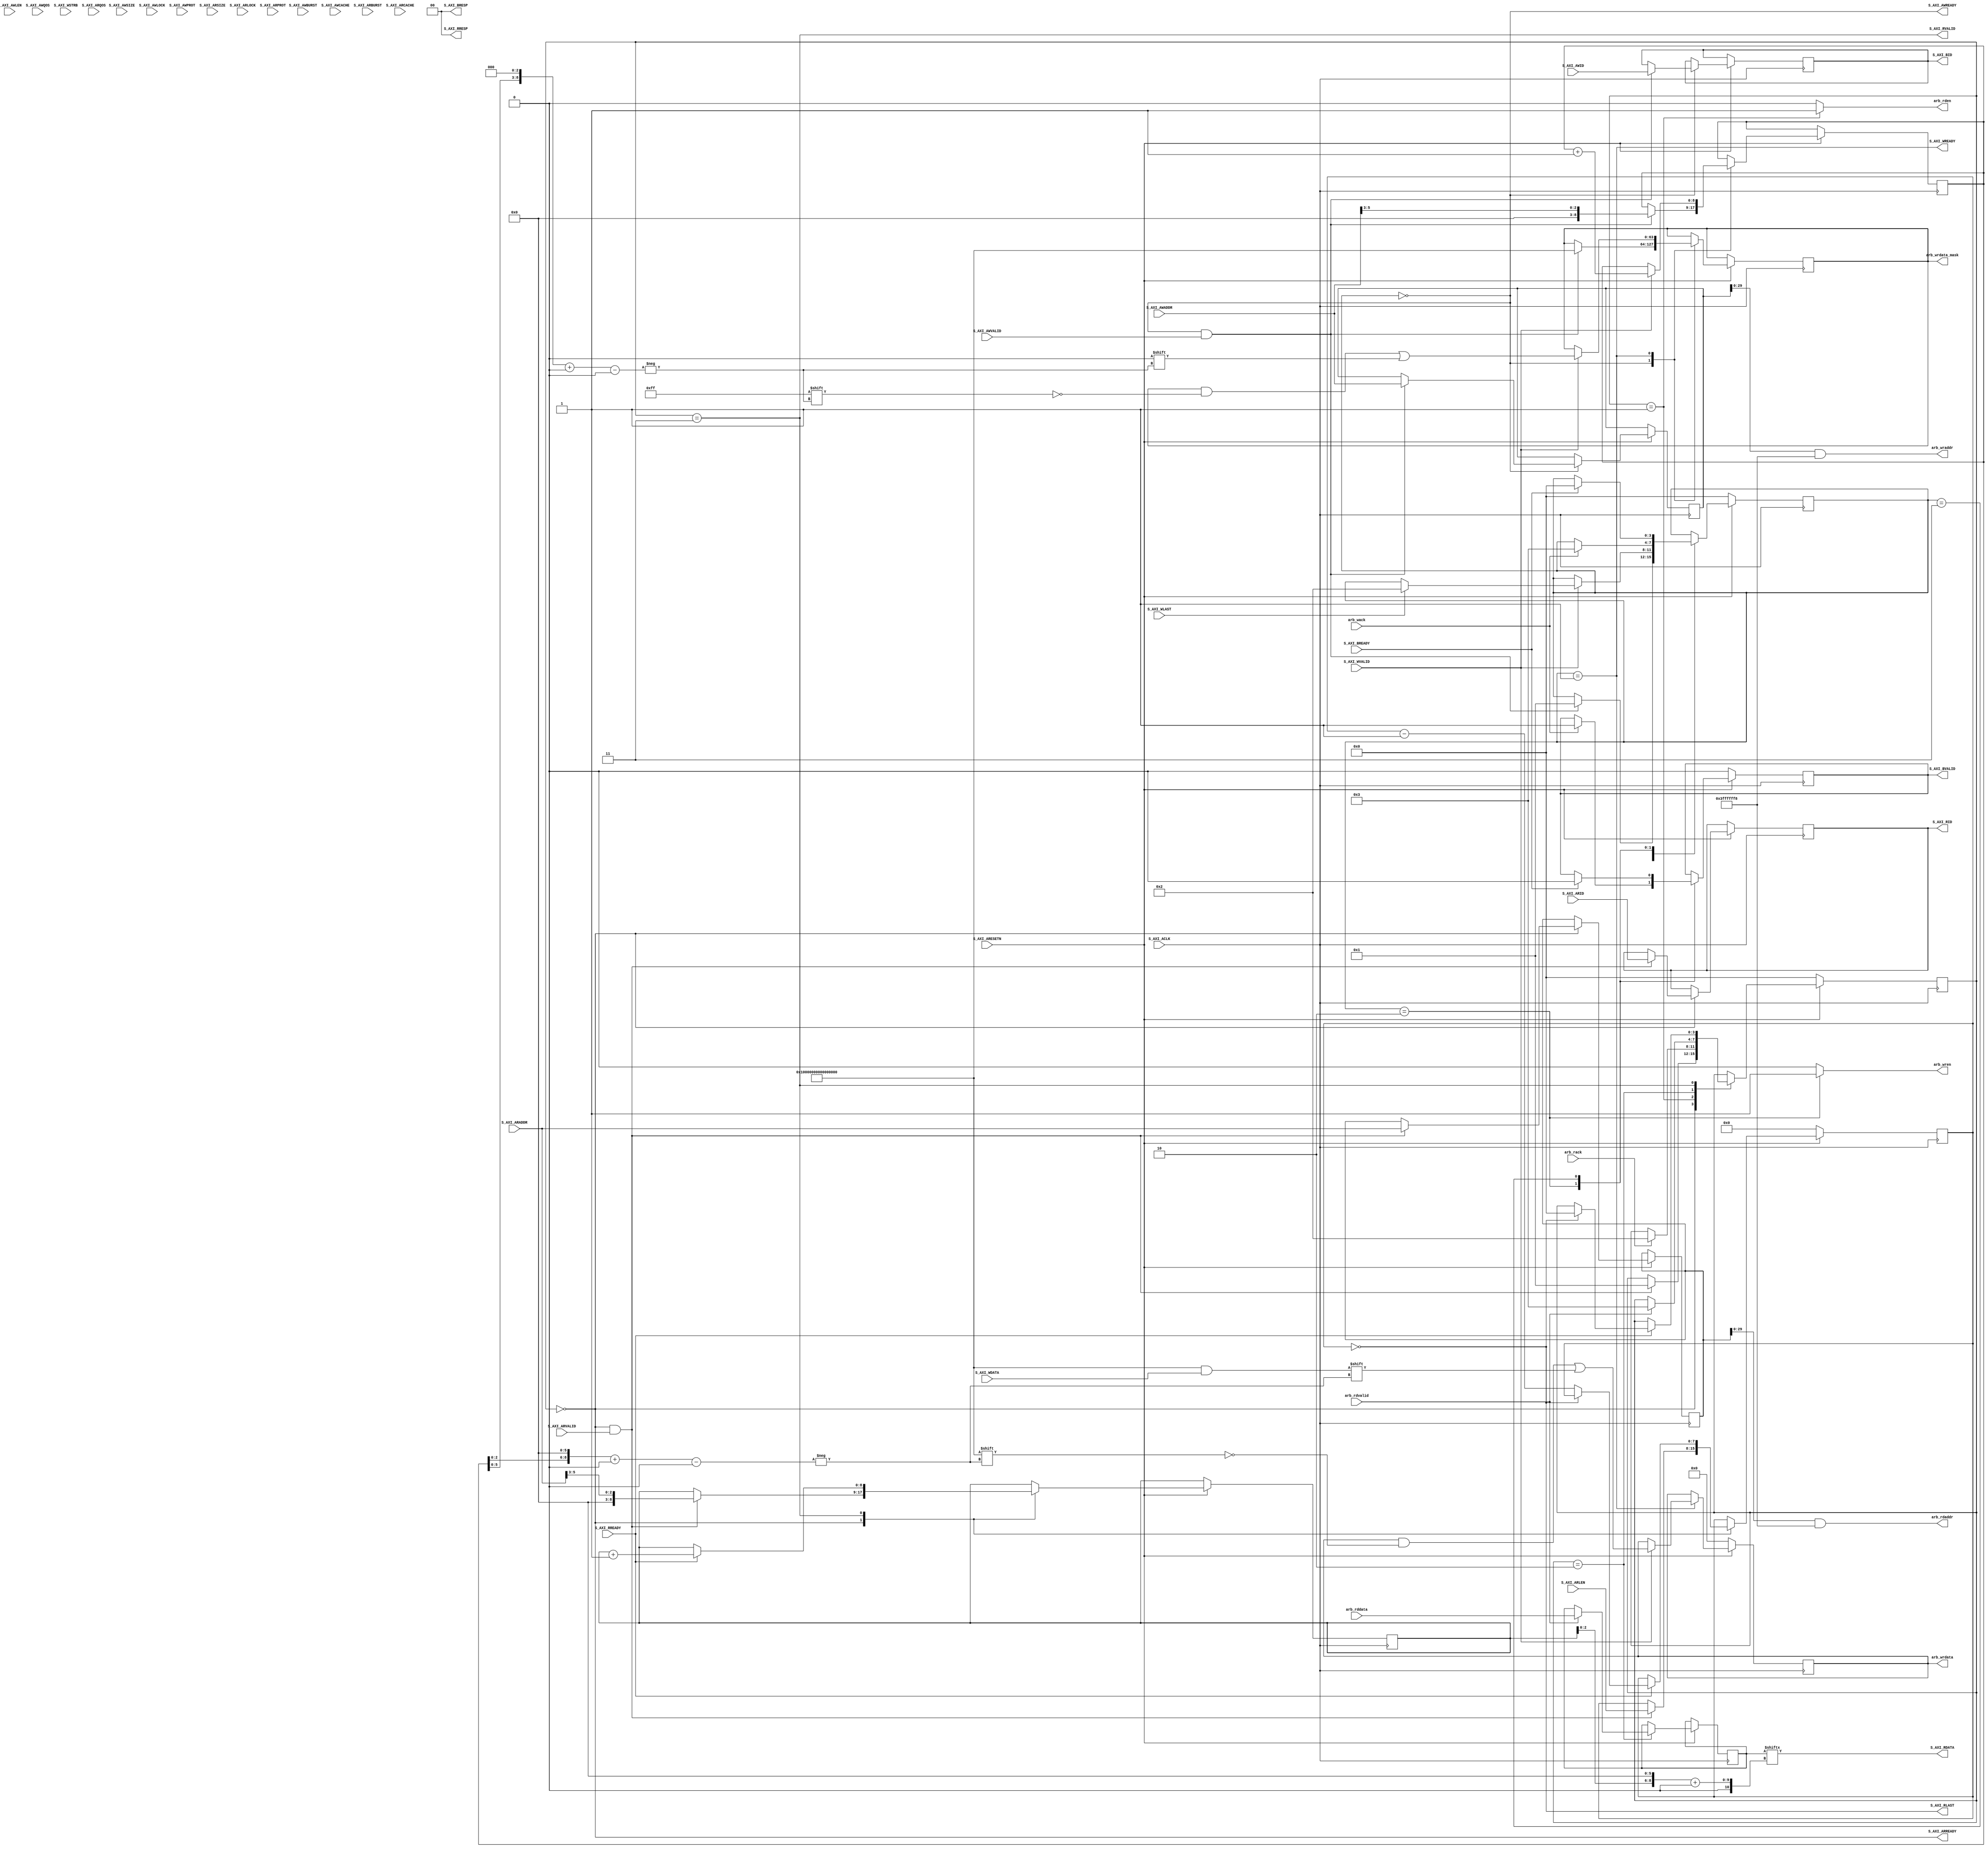
module axi_to_mc #(
	parameter integer C_S_AXI_ID_WIDTH	= 6,
	parameter integer C_S_AXI_DATA_WIDTH	= 64,
	parameter integer C_S_AXI_ADDR_WIDTH	= 32,
	// Some useful short-hand definitions
	localparam	AW = C_S_AXI_ADDR_WIDTH,
	localparam	DW = C_S_AXI_DATA_WIDTH,
	localparam	IW = C_S_AXI_ID_WIDTH,

	parameter [0:0]	OPT_NARROW_BURST = 1
	) (
		// Users to add ports here
  
    input wire arb_wack,
    input wire arb_rack,
    input wire [511:0] arb_rddata,
    output wire [511:0] arb_wrdata,
    output wire [63:0] arb_wrdata_mask,
    output reg  [29:0] arb_rdaddr,
    output reg  [29:0] arb_wraddr,
    output reg arb_wren,
    output reg arb_rden,
    input wire arb_rdvalid,
		//
		// User ports ends
		// Do not modify the ports beyond this line

		// Global Clock Signal
		input wire  S_AXI_ACLK,
		// Global Reset Signal. This Signal is Active LOW
		input wire  S_AXI_ARESETN,
		// Write Address ID
		input wire [C_S_AXI_ID_WIDTH-1 : 0] S_AXI_AWID , //****COVERED****
		// Write address
		input wire [C_S_AXI_ADDR_WIDTH-1 : 0] S_AXI_AWADDR, //****COVERED****
		// Burst length. The burst length gives the exact number of
		// transfers in a burst
		input wire [7 : 0] S_AXI_AWLEN, //****COVERED****
		// Burst size. This signal indicates the size of each transfer
		// in the burst
		input wire [2 : 0] S_AXI_AWSIZE, //****Assume 8****
		// Burst type. The burst type and the size information,
		// determine how the address for each transfer within the burst
		// is calculated.
		input wire [1 : 0] S_AXI_AWBURST, //****Assume 0****
		// Lock type. Provides additional information about the
		// atomic characteristics of the transfer.
		input wire  S_AXI_AWLOCK, //****NONEED****
		// Memory type. This signal indicates how transactions
		// are required to progress through a system.
		input wire [3 : 0] S_AXI_AWCACHE, //****NONEED****
		// Protection type. This signal indicates the privilege
		// and security level of the transaction, and whether
		// the transaction is a data access or an instruction access.
		input wire [2 : 0] S_AXI_AWPROT, //****NONEED****
		// Quality of Service, QoS identifier sent for each
		// write transaction.
		input wire [3 : 0] S_AXI_AWQOS, //****NONEED****
		// Region identifier. Permits a single physical interface
		// on a slave to be used for multiple logical interfaces.
		// Write address valid. This signal indicates that
		// the channel is signaling valid write address and
		// control information.
		input wire  S_AXI_AWVALID, //****COVERED****
		// Write address ready. This signal indicates that
		// the slave is ready to accept an address and associated
		// control signals.
		output wire  S_AXI_AWREADY, //****COVERED****
		// Write Data
		input wire [C_S_AXI_DATA_WIDTH-1 : 0] S_AXI_WDATA, //****COVERED****
		// Write strobes. This signal indicates which byte
		// lanes hold valid data. There is one write strobe
		// bit for each eight bits of the write data bus.
		input wire [(C_S_AXI_DATA_WIDTH/8)-1 : 0] S_AXI_WSTRB, //****NOT-COVERED****
		// Write last. This signal indicates the last transfer
		// in a write burst.
		input wire  S_AXI_WLAST, //****COVERED****
		// Optional User-defined signal in the write data channel.
		// Write valid. This signal indicates that valid write
		// data and strobes are available.
		input wire  S_AXI_WVALID, //****COVERED****
		// Write ready. This signal indicates that the slave
		// can accept the write data.
		output wire  S_AXI_WREADY, //****COVERED****
		// Response ID tag. This signal is the ID tag of the
		// write response.
		output wire [C_S_AXI_ID_WIDTH-1 : 0] S_AXI_BID, //****COVERED****
		// Write response. This signal indicates the status
		// of the write transaction.
		output wire [1 : 0] S_AXI_BRESP, //****COVERED****
		// Optional User-defined signal in the write response channel.
		// Write response valid. This signal indicates that the
		// channel is signaling a valid write response.
		output wire  S_AXI_BVALID, //****COVERED****
		// Response ready. This signal indicates that the master
		// can accept a write response.
		input wire  S_AXI_BREADY, //****COVERED****
		// Read address ID. This signal is the identification
		// tag for the read address group of signals.
		input wire [C_S_AXI_ID_WIDTH-1 : 0] S_AXI_ARID, //****COVERED****
		// Read address. This signal indicates the initial
		// address of a read burst transaction.
		input wire [C_S_AXI_ADDR_WIDTH-1 : 0] S_AXI_ARADDR, //****COVERED****
		// Burst length. The burst length gives the exact number of
		// transfers in a burst
		input wire [7 : 0] S_AXI_ARLEN, //****COVERED****
		// Burst size. This signal indicates the size of each transfer
		// in the burst
		input wire [2 : 0] S_AXI_ARSIZE, //****Assume its fixed to 8****
		// Burst type. The burst type and the size information,
		// determine how the address for each transfer within the
		// burst is calculated.
		input wire [1 : 0] S_AXI_ARBURST, //****Assume its fixed****
		// Lock type. Provides additional information about the
		// atomic characteristics of the transfer.
		input wire  S_AXI_ARLOCK, //****DO WE NEED THIS?****
		// Memory type. This signal indicates how transactions
		// are required to progress through a system.
		input wire [3 : 0] S_AXI_ARCACHE, //****DO WE NEED THIS?****
		// Protection type. This signal indicates the privilege
		// and security level of the transaction, and whether
		// the transaction is a data access or an instruction access.
		input wire [2 : 0] S_AXI_ARPROT, //****DO WE NEED THIS?****
		// Quality of Service, QoS identifier sent for each
		// read transaction.
		input wire [3 : 0] S_AXI_ARQOS, //****DO WE NEED THIS?****
		// Region identifier. Permits a single physical interface
		// on a slave to be used for multiple logical interfaces.
		// Optional User-defined signal in the read address channel.
		// Write address valid. This signal indicates that
		// the channel is signaling valid read address and
		// control information.
		input wire  S_AXI_ARVALID, //****COVERED****
		// Read address ready. This signal indicates that
		// the slave is ready to accept an address and associated
		// control signals.
		output wire  S_AXI_ARREADY, //****COVERED****
		// Read ID tag. This signal is the identification tag
		// for the read data group of signals generated by the slave.
		output wire [C_S_AXI_ID_WIDTH-1 : 0] S_AXI_RID, //****COVERED****
		// Read Data
		output wire [C_S_AXI_DATA_WIDTH-1 : 0] S_AXI_RDATA, //****COVERED****
		// Read response. This signal indicates the status of
		// the read transfer.
		output wire [1 : 0] S_AXI_RRESP, //****COVERED****
		// Read last. This signal indicates the last transfer
		// in a read burst.
		output wire  S_AXI_RLAST, //****COVERED****
		// Optional User-defined signal in the read address channel.
		// Read valid. This signal indicates that the channel
		// is signaling the required read data.
		output wire  S_AXI_RVALID, //****COVERED****
		// Read ready. This signal indicates that the master can
		// accept the read data and response information.
		input wire  S_AXI_RREADY //****COVERED****
  );
	
	// This is a very simple AXI slave designed to
	// communicate the rocket-chip with our memory controller.
	// We have a few assumptions on requests
	//   i. Burst length will be <= 8
	//   ii. Bursts will start&finish in the same cache block
	//   iii. More assumptions on other AXI4 control signals
	//         listed in module I/O definitions
	
	
	//--------------------------------------------------------
	//-------------------AR & R CHANNELS----------------------
	//--------------------------------------------------------
	localparam R_IDLE_S = 0;
	localparam R_REQ_S  = 1;
	localparam R_WAIT_S = 2;
	localparam R_RESP_S = 3;
	
	reg[3:0] r_state_r, r_state_ns;
	
	reg [7:0] arlen_r, arlen_ns;
	reg [AW-1:0] araddr_r, araddr_ns;
	reg [IW-1:0] arid_r, arid_ns;
	// Where in rddata_r this burst's data reside
  reg [8:0] r_burst_offset_r, r_burst_offset_ns; 
	reg [511:0] rddata_r, rddata_ns;

  (*dont_touch = "true"*) reg [39:0] ar_transaction_ctr;
  (*dont_touch = "true"*) reg [39:0] r_transaction_ctr;

	// AR&R CHANNEL
  always @(*) begin
    r_state_ns = r_state_r;
    arlen_ns  = arlen_r;
    araddr_ns = araddr_r;
    arid_ns   = arid_r;
    rddata_ns = rddata_r;
    r_burst_offset_ns = r_burst_offset_r;
    arb_rden = 1'b0;
    // Mask non-zero column-offsets
    arb_rdaddr  = araddr_r & {{27{1'b1}},3'b0};
    case(r_state_r)
    R_IDLE_S: begin
      if(S_AXI_ARREADY & S_AXI_ARVALID) begin
        arlen_ns    = S_AXI_ARLEN;
        araddr_ns   = S_AXI_ARADDR;
        arid_ns     = S_AXI_ARID;
        r_burst_offset_ns = S_AXI_ARADDR[3+:3];      
        r_state_ns  = R_REQ_S;
      end    
    end
    R_REQ_S: begin
      arb_rden    = 1'b1;
      if(arb_rack)
        r_state_ns = R_WAIT_S; 
    end
    R_WAIT_S: begin
      if(arb_rdvalid) begin // MC responds with cache block
        rddata_ns  = arb_rddata;
        r_state_ns = R_RESP_S; 
      end
    end
    R_RESP_S: begin
      // The idea here is to advance the state
      // when rocket-chip can accept our data 
      if(S_AXI_RREADY) begin
        if(arlen_r == 0)
          r_state_ns = R_IDLE_S;
        else
          arlen_ns = arlen_r - 1;
        r_burst_offset_ns = r_burst_offset_r + 1;
      end
    end
    endcase
  end
  
  always @(posedge S_AXI_ACLK) begin
    if(~S_AXI_ARESETN) begin
      r_state_r <= R_IDLE_S;
      arlen_r   <= 0;
      r_transaction_ctr <= 0;
      ar_transaction_ctr <= 0;
    end
    else begin
      if(S_AXI_ARREADY && S_AXI_ARVALID)
        ar_transaction_ctr <= ar_transaction_ctr + 1;
      else
        ar_transaction_ctr <= ar_transaction_ctr;
      if(S_AXI_RREADY && S_AXI_RVALID)
        r_transaction_ctr <= r_transaction_ctr + 1;
      else
        r_transaction_ctr <= r_transaction_ctr;      
      r_state_r <= r_state_ns;
      arlen_r   <= arlen_ns;
      araddr_r  <= araddr_ns;
      arid_r    <= arid_ns;
      rddata_r  <= rddata_ns;
      r_burst_offset_r <= r_burst_offset_ns;
    end
  end
  
  assign S_AXI_ARREADY = r_state_r == R_IDLE_S;
  assign S_AXI_RID     = arid_r;
  assign S_AXI_RDATA   = rddata_r[r_burst_offset_r << 6 +: 64];
  assign S_AXI_RLAST   = arlen_r == 0; // Will this cause problems?
  assign S_AXI_RVALID  = r_state_r == R_RESP_S;	
  assign S_AXI_RRESP   = 0;
  
	//--------------------------------------------------------
  //-------------------WR & W CHANNELS----------------------
  //--------------------------------------------------------
	localparam W_IDLE_S = 0;
  localparam W_ACC_S  = 1; // accumulate wr burst
  localparam W_REQ_S  = 2;
  localparam W_RESP_S = 3;
  
  reg[3:0] w_state_r, w_state_ns;
  
  reg bvalid_r, bvalid_ns;
  reg [7:0] awlen_r, awlen_ns;
  reg [AW-1:0] awaddr_r, awaddr_ns;
  reg [IW-1:0] awid_r, awid_ns;
  // Where in rddata_r this burst's data reside
  reg [8:0] w_burst_offset_r, w_burst_offset_ns; 
  reg [511:0] wrdata_r, wrdata_ns;
  reg [63:0] wrdata_mask_r, wrdata_mask_ns;

  // AR&R CHANNEL
  always @(*) begin
    w_state_ns = w_state_r;
    bvalid_ns = bvalid_r;
    awlen_ns  = awlen_r;
    awaddr_ns = awaddr_r;
    awid_ns   = awid_r;
    wrdata_ns = wrdata_r;
    arb_wren = 1'b0;
    w_burst_offset_ns = w_burst_offset_r;
    wrdata_mask_ns = wrdata_mask_r;
    arb_wraddr  = awaddr_r & {{27{1'b1}},3'b0}; 
    case(w_state_r)
    W_IDLE_S: begin
      if(S_AXI_AWREADY & S_AXI_AWVALID) begin
        awlen_ns    = S_AXI_AWLEN;
        awaddr_ns   = S_AXI_AWADDR;
        awid_ns     = S_AXI_AWID;
        w_burst_offset_ns = S_AXI_AWADDR[3+:3];      
        w_state_ns  = W_ACC_S;
        wrdata_mask_ns = {64{1'b1}};
      end    
    end
    W_ACC_S: begin
      // We accumulate bursts in wrdata reg
      if(S_AXI_WVALID) begin
        if(S_AXI_WLAST) begin
          w_state_ns = W_REQ_S;
        end
        w_burst_offset_ns = w_burst_offset_r + 1;
        wrdata_ns[w_burst_offset_r << 6 +: 64] = S_AXI_WDATA;
        wrdata_mask_ns[w_burst_offset_r << 3 +: 8] = 8'b0; 
      end
    end
    W_REQ_S: begin
      arb_wren    = 1'b1;
      if(arb_wack) begin
        w_state_ns = W_RESP_S;
        bvalid_ns = 1'b1;
      end
    end
    W_RESP_S: begin
      if(S_AXI_BREADY) begin
        bvalid_ns = 1'b0;
        w_state_ns = W_IDLE_S;
      end
    end
    endcase
  end
  
  always @(posedge S_AXI_ACLK) begin
    if(~S_AXI_ARESETN) begin
      w_state_r <= W_IDLE_S;
      bvalid_r  <= 1'b0;
      wrdata_r  <= 0;
    end
    else begin
      w_state_r <= w_state_ns;
      awlen_r   <= awlen_ns;
      awaddr_r  <= awaddr_ns;
      awid_r    <= awid_ns;
      wrdata_r  <= wrdata_ns;
      w_burst_offset_r <= w_burst_offset_ns;
      bvalid_r  <= bvalid_ns;
      wrdata_mask_r <= wrdata_mask_ns;
    end
  end
  
  assign S_AXI_AWREADY = w_state_r == W_IDLE_S;
  assign S_AXI_WID     = awid_r;
  assign S_AXI_WREADY  = w_state_r == W_ACC_S; 
       
  assign S_AXI_BVALID  = bvalid_r;
  assign S_AXI_BID     = awid_r; 
  assign S_AXI_BRESP   = 0;
 
  assign arb_wrdata       = wrdata_r;
  assign arb_wrdata_mask  = wrdata_mask_r;

endmodule